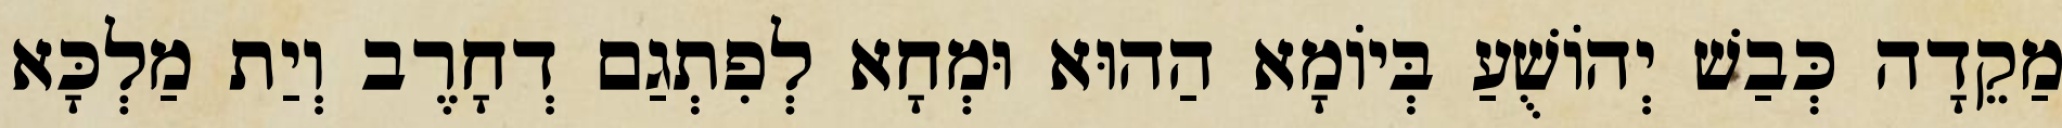
מַקֵדָה כְּבַשׁ יְהוֹשֻׁעַ בְּיוֹמָא הַהוּא וּמְחָא לְפִתְגַם דְחָרֶב וְיַת מַלְכָּא